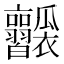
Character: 𤬥